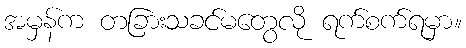
အမှန်က တခြားသခင်မတွေလို ရက်စက်ရမှာ။